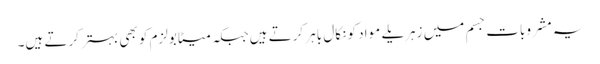
یہ مشروبات جسم میں زہریلے مواد کو نکال باہر کرتے ہیں جبکہ میٹابولزم کو بھی بہتر کرتے ہیں۔